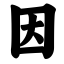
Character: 因